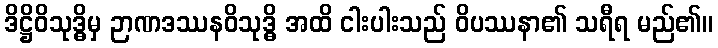
ဒိဋ္ဌိဝိသုဒ္ဓိမှ ဉာဏဒဿနဝိသုဒ္ဓိ အထိ ငါးပါးသည် ဝိပဿနာ၏ သရီရ မည်၏။